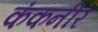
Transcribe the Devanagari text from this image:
कंकनीर